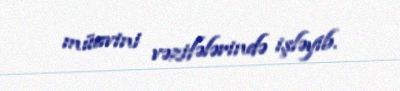
müavini vəzifələrində işləyib.